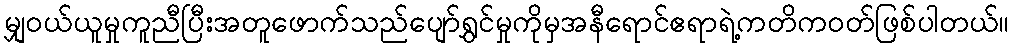
မျှဝယ်ယူမှုကူညီပြီးအတူဖောက်သည်ပျော်ရွှင်မှုကိုမှအနီရောင်ဧရာရဲ့ကတိကဝတ်ဖြစ်ပါတယ်။